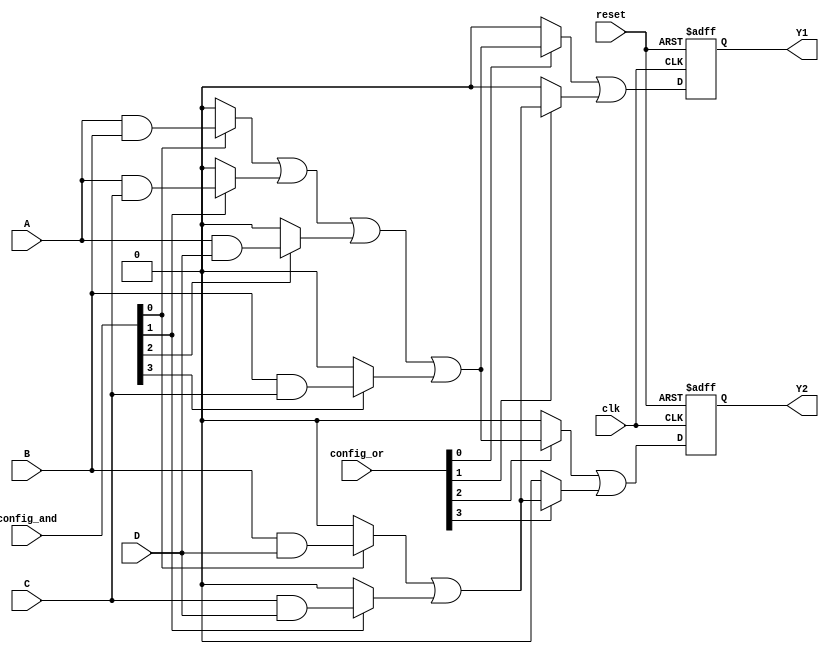
module CLB (
    input wire A,          // Input A
    input wire B,          // Input B
    input wire C,          // Input C
    input wire D,          // Input D
    input wire clk,        // Clock signal
    input wire reset,      // Reset signal
    input wire [3:0] config_and, // Configuration for AND array
    input wire [3:0] config_or,  // Configuration for OR array
    output reg Y1,         // Output Y1
    output reg Y2          // Output Y2
);

// Internal signals for product terms
wire p0, p1, p2, p3;

// Programmable AND array
assign p0 = (config_and[0] ? (A & B) : 1'b0) |
            (config_and[1] ? (A & C) : 1'b0) |
            (config_and[2] ? (A & D) : 1'b0) |
            (config_and[3] ? (B & C) : 1'b0);

// Additional product terms can be defined similarly
assign p1 = (config_and[0] ? (B & D) : 1'b0) |
            (config_and[1] ? (C & D) : 1'b0);

// Programmable OR array
always @(posedge clk or posedge reset) begin
    if (reset) begin
        Y1 <= 1'b0;
        Y2 <= 1'b0;
    end else begin
        Y1 <= (config_or[0] ? p0 : 1'b0) |
              (config_or[1] ? p1 : 1'b0);
        
        Y2 <= (config_or[2] ? p0 : 1'b0) |
              (config_or[3] ? p1 : 1'b0);
    end
end

endmodule